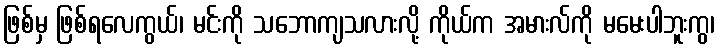
ဖြစ်မှ ဖြစ်ရလေကွယ်၊ မင်းကို သဘောကျသလားလို့ ကိုယ်က အမားလ်ကို မမေးပါဘူးကွ၊